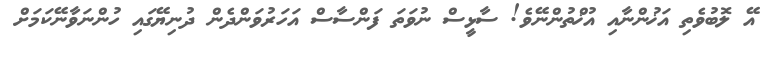
އޭ ލޮބުވެތި އަޚުންނާއި އުޚްތުންނޭވެ! ސާޅީސް ނުވަތަ ފަންސާސް އަހަރުވަންދެން ދުނިޔޭގައި ހުންނަވާނޭކަމަށް